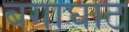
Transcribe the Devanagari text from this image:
बगाघाट